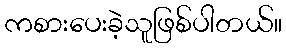
ကစားပေးခဲ့သူဖြစ်ပါတယ်။